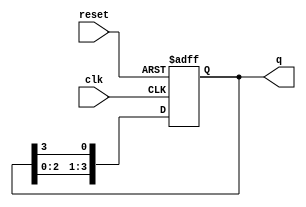
module bistable_ring_counter #(
    parameter N = 4 // Number of flip-flops (counter length)
)(
    input wire clk,       // Clock Input
    input wire reset,     // Asynchronous Reset
    output reg [N-1:0] q // Current state output
);

// Always block for state transition
always @(posedge clk or posedge reset) begin
    if (reset) begin
        // Initialize the counter to a specific state (e.g., first flip-flop set to 1)
        q <= 1'b1; // Set first flip-flop to '1' and others to '0'
    end else begin
        // Shift the '1' to the right through the flip-flops
        q <= {q[N-2:0], q[N-1]}; // Shift right
    end
end

endmodule